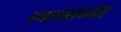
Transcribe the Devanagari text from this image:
स्नानसंध्येत